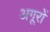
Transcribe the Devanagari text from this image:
अगूरों